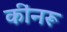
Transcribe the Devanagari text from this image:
कींनरू